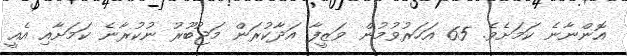
އޮންނާނެ ކަމަށެވެ. 65 އަހަރުވުމުން ވަޒީފާ އަދާކުރަން މަޖުބޫރު ނުކުރާނެ ކަމަށާއި އެއީ